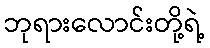
ဘုရားလောင်းတို့ရဲ့